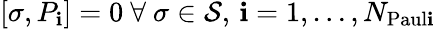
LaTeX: [\sigma,P_{\mathbf{i}}]=0~\forall~\sigma\in\mathcal{{S}},\, \mathbf{i}=1,\dots,N_{\mathrm{{Paul\mathbf{i}}}}